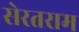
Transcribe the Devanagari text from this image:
सेरतराम